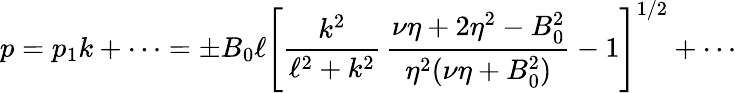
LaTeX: p=p_{1}k+\cdots=\pm B_{0}\ell\left[\frac{k^{2}}{\ell^{2}+k^{2}}\, \frac{\nu\eta+2\eta^{2}-B_{0}^{2}}{\eta^{2}(\nu\eta+B_{0}^{2})}-1\right]^{1/2}+\cdots